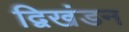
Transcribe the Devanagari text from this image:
द्विखंडन